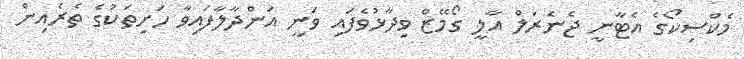
މެކްސިކޯގެ އެޓާނީ ޖެނެރަލް އާލީ ގޯމޭޒް ވިދާޅުވެފައި ވަނީ އަންދާލާފައިވާ ހަށިތަކުގެ ތެރެއިން